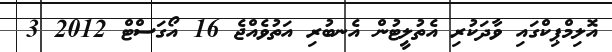
އޮލިމްޕިކްގައި ވާދަކުރި އެތުލީޓުން އެނބުރި އަތުވެއްޖެ 16 އޯގަސްޓް 2012 3